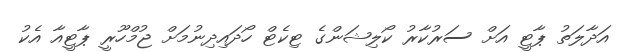
އަދާލަތު ޕާޓީ އަށް ސަރުކާރު ކޯލިޝަންގެ ޓިކެޓް ހޯދައިދިނުމަށް ޖުމްހޫރީ ޕާޓީއާ އެކު